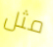
مثل